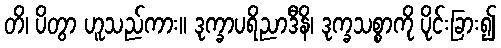
တိ၊ ပိတွာ ဟူသည်ကား။ ဒုက္ခာပရိညာဒီနိ၊ ဒုက္ခသစ္စာကို ပိုင်းခြား၍